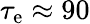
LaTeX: \tau_{\mathrm{e}}\approx 90